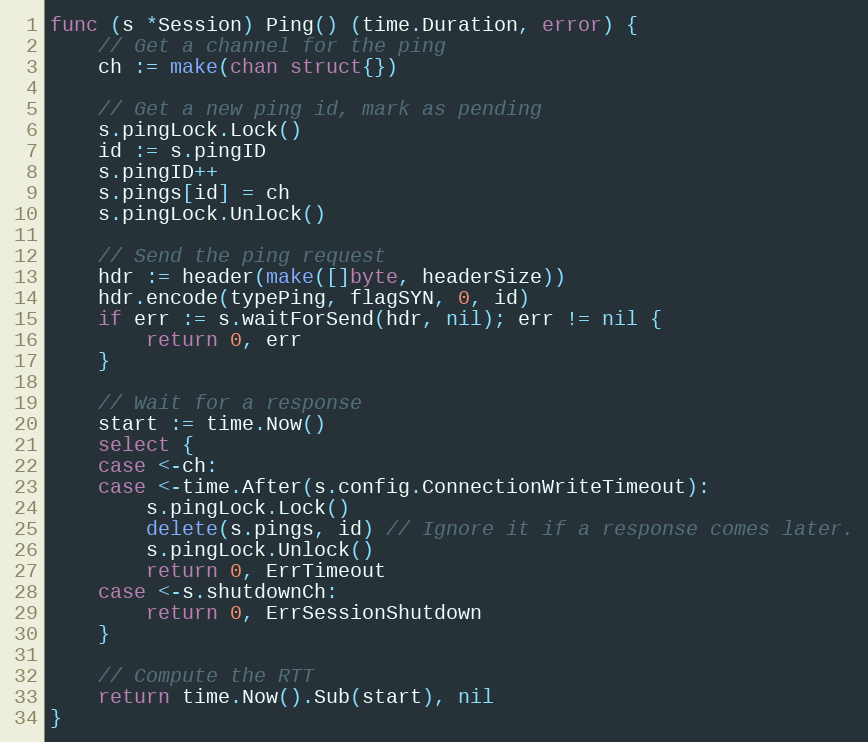
Language: Go
func (s *Session) Ping() (time.Duration, error) {
	// Get a channel for the ping
	ch := make(chan struct{})

	// Get a new ping id, mark as pending
	s.pingLock.Lock()
	id := s.pingID
	s.pingID++
	s.pings[id] = ch
	s.pingLock.Unlock()

	// Send the ping request
	hdr := header(make([]byte, headerSize))
	hdr.encode(typePing, flagSYN, 0, id)
	if err := s.waitForSend(hdr, nil); err != nil {
		return 0, err
	}

	// Wait for a response
	start := time.Now()
	select {
	case <-ch:
	case <-time.After(s.config.ConnectionWriteTimeout):
		s.pingLock.Lock()
		delete(s.pings, id) // Ignore it if a response comes later.
		s.pingLock.Unlock()
		return 0, ErrTimeout
	case <-s.shutdownCh:
		return 0, ErrSessionShutdown
	}

	// Compute the RTT
	return time.Now().Sub(start), nil
}